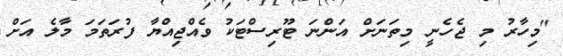
"މިހާރު މި ޖެހެނީ މިތަނަށް އަންނަ ޓޫރިސްޓަކު ވެއްޖިއްޔާ ފުރަތަމަ މާލެ އަށް